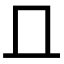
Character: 𠀃